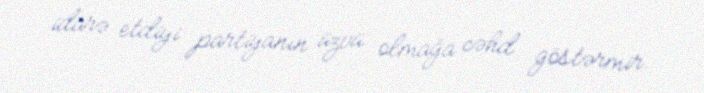
idarə etdiyi partiyanın üzvü olmağa cəhd göstərmir.